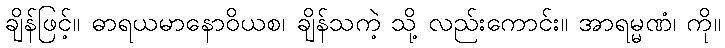
ချိန်ဖြင့်။ ဓာရယမာနောဝိယစ၊ ချိန်သကဲ့ သို့ လည်းကောင်း။ အာရမ္မဏံ၊ ကို။